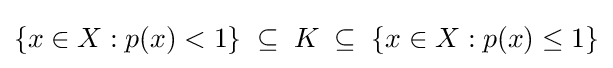
{\textstyle \{x\in X:p(x)<1\}\;\subseteq \;K\;\subseteq \;\{x\in X:p(x)\leq 1\}}